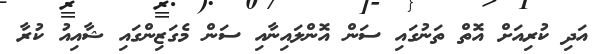
އަދި ކުރިއަށް އޮތް ތަނުގައި ސަން އޮންލައިނާއި ސަން މެގަޒިންގައި ޝާއިއު ކުރާ